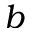
b